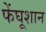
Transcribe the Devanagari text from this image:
फेंघूशान